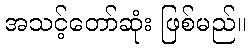
အသင့်တော်ဆုံး ဖြစ်မည်။